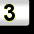
Digit: 3